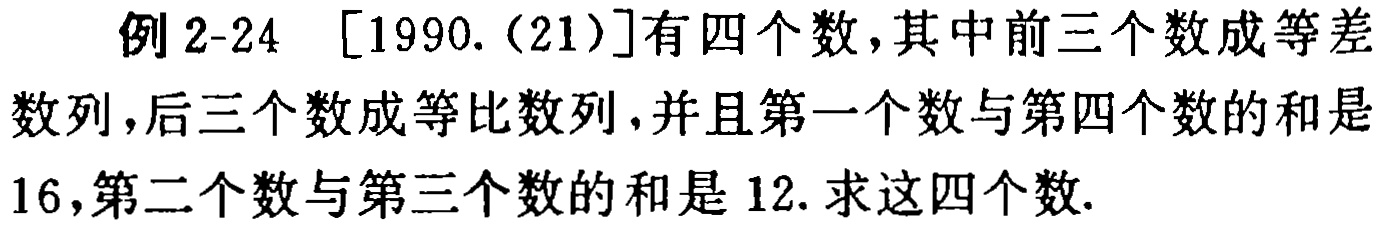
例 2-24 [1990.(21)]有四个数，其中前三个数成等差数列，后三个数成等比数列，并且第一个数与第四个数的和是16，第二个数与第三个数的和是12. 求这四个数.